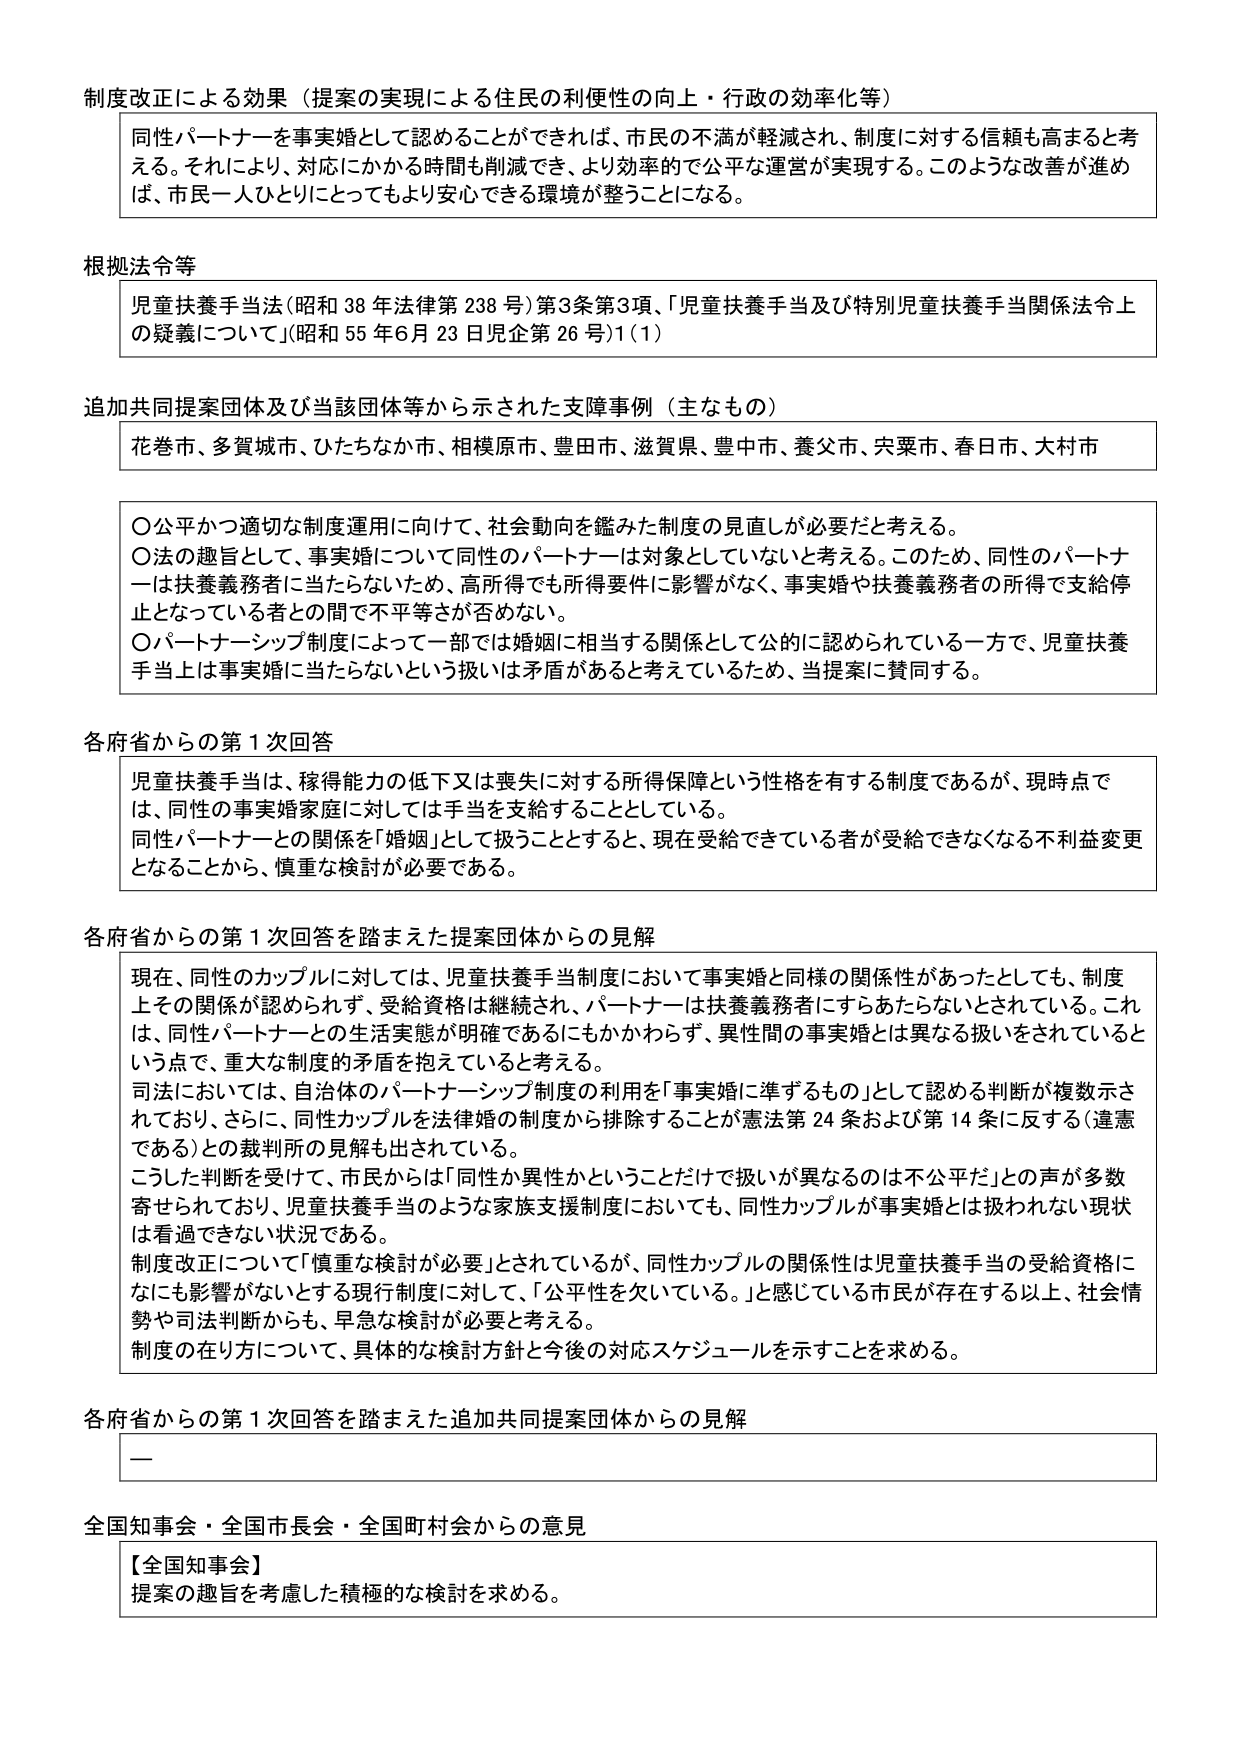
制度改正による効果（提案の実現による住民の利便性の向上・行政の効率化等）
同性パートナーを事実婚として認めることができれば、市民の不満が軽減され、制度に対する信頼も高まると考える。それにより、対応にかかる時間も削減でき、より効率的で公平な運営が実現する。このような改善が進めば、市民一人ひとりにとってもより安心できる環境が整うことになる。

根拠法令等
児童扶養手当法（昭和38年法律第238号）第3条第3項、「児童扶養手当及び特別児童扶養手当関係法令上の疑義について」（昭和55年6月23日児企第26号）1（1）

追加共同提案団体及び当該団体等から示された支援事例（主なもの）
花巻市、多賀城市、ひたちなか市、相模原市、豊田市、滋賀県、豊中市、養父市、宍粟市、春日市、大村市

〇公平かつ適切な制度運用に向けて、社会動向を鑑みた制度の見直しが必要だと考える。
〇法の趣旨として、事実婚について同性のパートナーは対象としていないと考える。このため、同性のパートナーは扶養義務者に当たらないため、高所得でも所得要件に影響がなく、事実婚や扶養義務者の所得で支給停止となっている者との間で不平等さが否めない。
〇パートナーシップ制度によって一部では婚姻に相当する関係として公的に認められている一方で、児童扶養手当上は事実婚に当たらないという扱いは矛盾があると考えているため、当提案に賛同する。

各府省からの第1次回答
児童扶養手当は、稼得能力の低下又は喪失に対する所得保障という性格を有する制度であるが、現時点では、同性の事実婚家庭に対しては手当を支給することとしている。
同性パートナーとの関係を「婚姻」として扱うこととすると、現在受給できている者が受給できなくなる不利益変更となることから、慎重な検討が必要である。

各府省からの第1次回答を踏まえた提案団体からの見解
現在、同性のカップルに対しては、児童扶養手当制度において事実婚と同様の関係性があったとしても、制度上その関係が認められず、受給資格は継続され、パートナーは扶養義務者にすらあたらないとされている。これは、同性パートナーとの生活実態が明確であるにもかかわらず、異性間の事実婚とは異なる扱いをされているという点で、重大な制度的矛盾を抱えていると考える。
司法においては、自治体のパートナーシップ制度の利用を「事実婚に準ずるもの」として認める判断が複数示されており、さらに、同性カップルを法律婚の制度から排除することが憲法第24条および第14条に反する（違憲である）との裁判所の見解も出されている。
こうした判断を受け、市民からは「同性か異性かということだけで扱いが異なるのは不公平だ」との声が多数寄せられており、児童扶養手当のような家族支援制度においても、同性カップルが事実婚とは扱われない現状は看過できない状況である。
制度改正について「慎重な検討が必要」とされているが、同性カップルの関係性は児童扶養手当の受給資格ににも影響がないとする現行制度に対して、「公平性を欠いている。」と感じている市民が存在する以上、社会情勢や司法判断からも、早急な検討が必要と考える。
制度の在り方について、具体的な検討方針と今後の対応スケジュールを示すことを求める。

各府省からの第1次回答を踏まえた追加共同提案団体からの見解
ー

全国知事会・全国市長会・全国町村会からの意見
【全国知事会】
提案の趣旨を考慮した積極的な検討を求める。